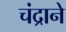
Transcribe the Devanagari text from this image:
चंद्राने